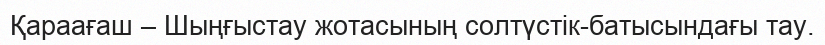
Қараағаш – Шыңғыстау жотасының солтүстік-батысындағы тау.